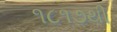
૧૮૧૭થી